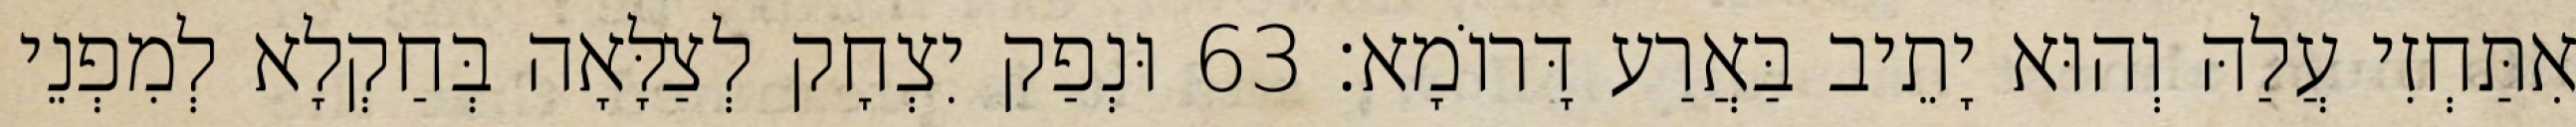
אִתַּחְזִי עֲלַהּ וְהוּא יָתֵיב בַּאֲרַע דָּרוֹמָא׃ 63 וּנְפַק יִצְחָק לְצַלָּאָה בְּחַקְלָא לְמִפְנֵי